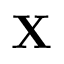
\mathbf { X }